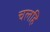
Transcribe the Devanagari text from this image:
चलहि